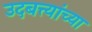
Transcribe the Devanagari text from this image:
उदबत्त्यांच्या